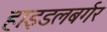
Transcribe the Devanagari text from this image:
हाइडलबर्गर